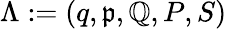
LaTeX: \Lambda:=(q,\mathfrak{p},\mathbb{Q},P,S)